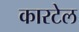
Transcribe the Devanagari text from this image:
कारटेल